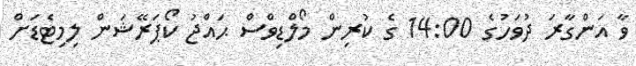
ވާ އަންގާރަ ދުވަހުގެ 14:00 ގެ ކުރިން މޯލްޑިވްސް ޙައްޖު ކޯޕަރޭޝަން ލިމިޓެޑަށް